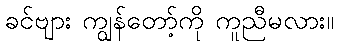
ခင်ဗျား ကျွန်တော့်ကို ကူညီမလား။